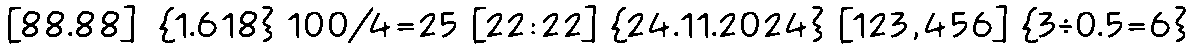
[88.88]  {1.618} 100/4=25 [22:22] {24.11.2024} [123,456] {3÷0.5=6}